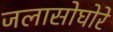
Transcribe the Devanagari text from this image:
जलासोघोरे